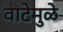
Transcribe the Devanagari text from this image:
वाटेमुळे